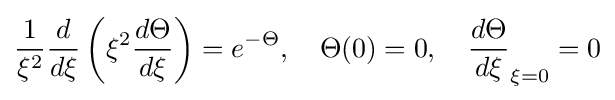
{\frac {1}{\xi ^{2}}}{\frac {d}{d\xi }}\left(\xi ^{2}{\frac {d\Theta }{d\xi }}\right)=e^{-\Theta },\quad \Theta (0)=0,\quad {\frac {d\Theta }{d\xi }}_{\xi =0}=0